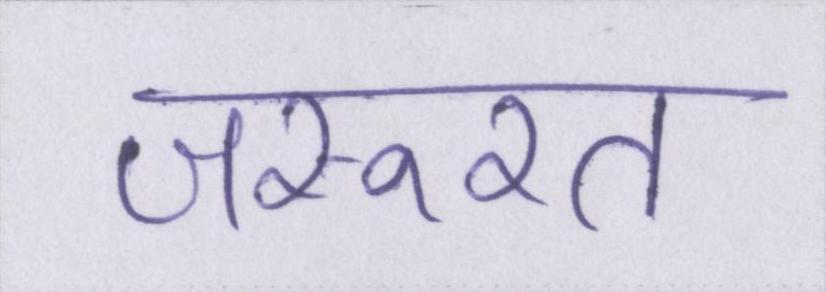
जरूरत